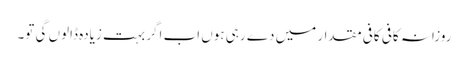
روزانہ کافی کافی مقدار میں دے رہی ہوں اب اگر بہت زیادہ ڈالوں گی تو۔